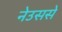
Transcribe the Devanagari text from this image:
नेउससे